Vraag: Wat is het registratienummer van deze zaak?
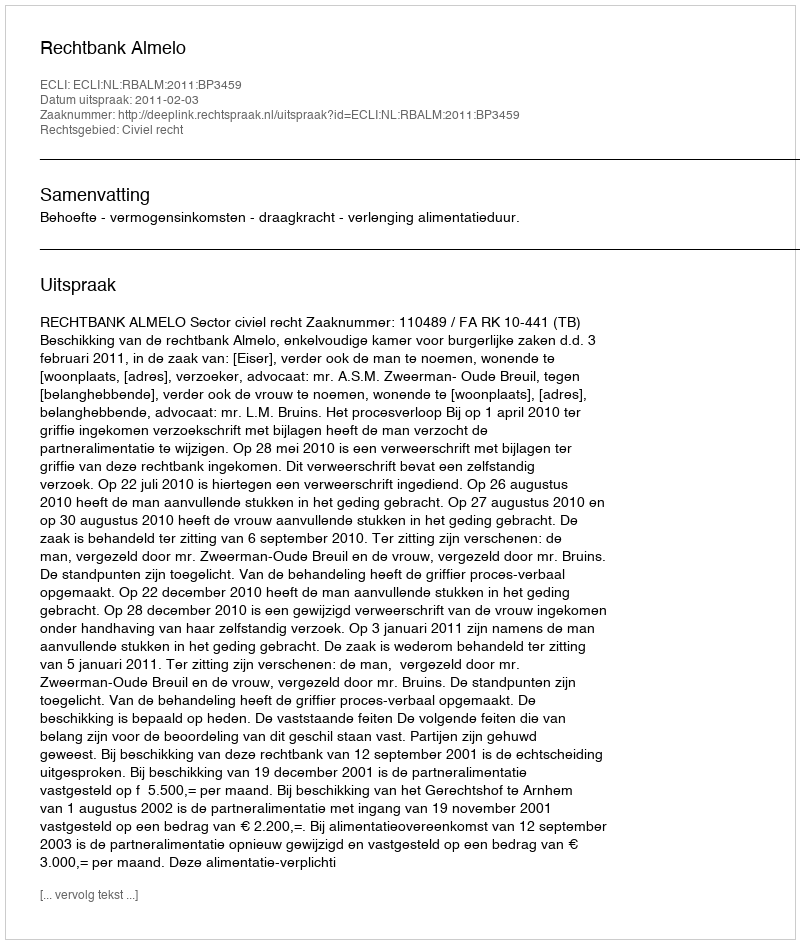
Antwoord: http://deeplink.rechtspraak.nl/uitspraak?id=ECLI:NL:RBALM:2011:BP3459